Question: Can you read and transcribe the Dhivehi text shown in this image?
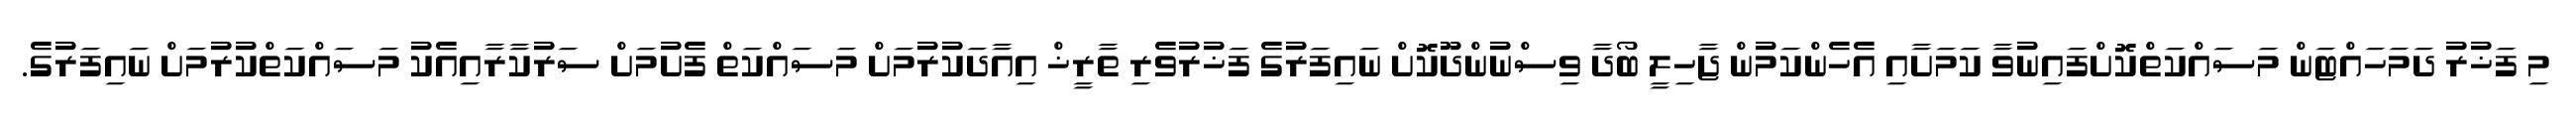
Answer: މި ފަޚުރު ދަމަހައްޓަން މަސައްކަތްކޮށްފައިނުވާ ކަމަށާއި އެހެންކަމުން ޖާހިލީ ބޯދާ ވިސްނުންދޫކޮށް ނައިފަރުގެ ފަޚުރުވެރި ތާރީޚް އިއާދަކުރުމަށް މަސައްކަތް ފެށުމަށް ސަރުކާރާއިއެކު މަސައްކަތްކުރުމަށް ނައިފަރުގެ.